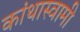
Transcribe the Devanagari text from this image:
कांथास्वामी